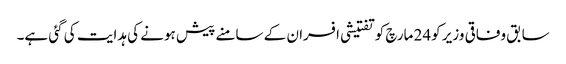
سابق وفاقی وزیر کو24 مارچ کو تفتیشی افسران کے سامنے پیش ہونے کی ہدایت کی گئی ہے۔